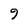
Character: 9